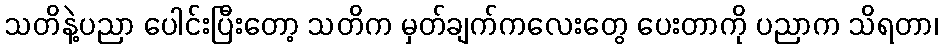
သတိနဲ့ပညာ ပေါင်းပြီးတော့ သတိက မှတ်ချက်ကလေးတွေ ပေးတာကို ပညာက သိရတာ၊